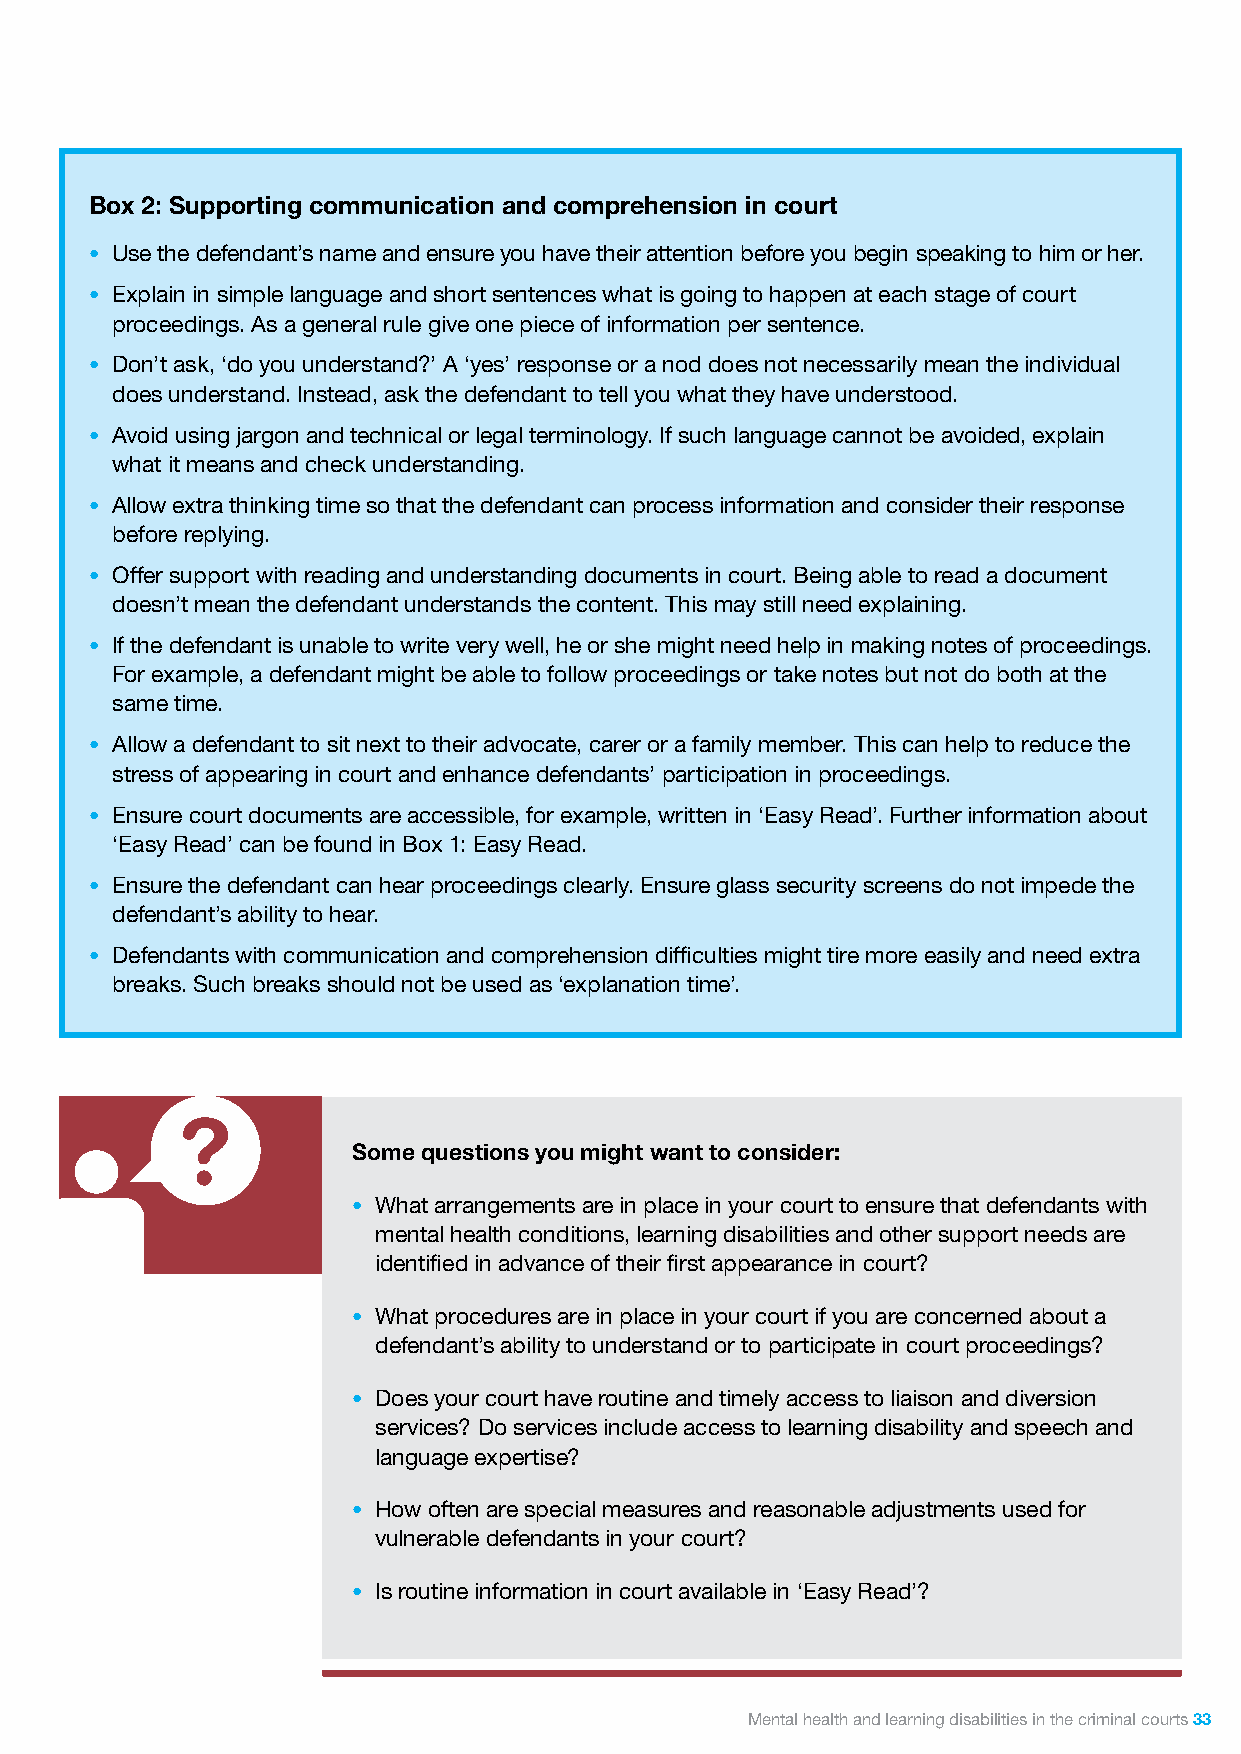
Box 2: Supporting communication and comprehension in court
 • Use the defendant’s name and ensure you have their attention before you begin speaking to him or her.
 • Explain in simple language and short sentences what is going to happen at each stage of court
 proceedings. As a general rule give one piece of information per sentence.
 • Don’t ask, ‘do you understand?’ A ‘yes’ response or a nod does not necessarily mean the individual
 does understand. Instead, ask the defendant to tell you what they have understood.
 • Avoid using jargon and technical or legal terminology. If such language cannot be avoided, explain
 what it means and check understanding.
 • Allow extra thinking time so that the defendant can process information and consider their response
 before replying.
 • Offer support with reading and understanding documents in court. Being able to read a document
 doesn’t mean the defendant understands the content. This may still need explaining.
 • If the defendant is unable to write very well, he or she might need help in making notes of proceedings.
 For example, a defendant might be able to follow proceedings or take notes but not do both at the
 same time.
 • Allow a defendant to sit next to their advocate, carer or a family member. This can help to reduce the
 stress of appearing in court and enhance defendants’ participation in proceedings.
 • Ensure court documents are accessible, for example, written in ‘Easy Read’. Further information about
 ‘Easy Read’ can be found in Box 1: Easy Read.
 • Ensure the defendant can hear proceedings clearly. Ensure glass security screens do not impede the
 defendant’s ability to hear.
 • Defendants with communication and comprehension difficulties might tire more easily and need extra
 breaks. Such breaks should not be used as ‘explanation time’.
 Some questions you might want to consider:
 • What arrangements are in place in your court to ensure that defendants with
 mental health conditions, learning disabilities and other support needs are
 identified in advance of their first appearance in court?
 • What procedures are in place in your court if you are concerned about a
 defendant’s ability to understand or to participate in court proceedings?
 • Does your court have routine and timely access to liaison and diversion
 services? Do services include access to learning disability and speech and
 language expertise?
 • How often are special measures and reasonable adjustments used for
 vulnerable defendants in your court?
 • Is routine information in court available in ‘Easy Read’?
 Mental health and learning disabilities in the criminal courts 33